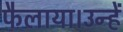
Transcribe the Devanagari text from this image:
फैलाया।उन्हें